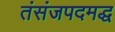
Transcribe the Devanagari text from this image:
तंसंजपदमद्ध